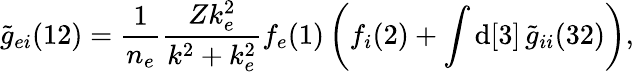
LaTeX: \widetilde{g}_{ei}(12)=\frac{1}{n_{e}}\frac{Zk_{e}^{2}}{k^{2}+k_{e}^{2}}f_{e}(1)\left(f_{i}(2)+\int\mathrm{d}[3]\, \widetilde{g}_{ii}(32)\right),